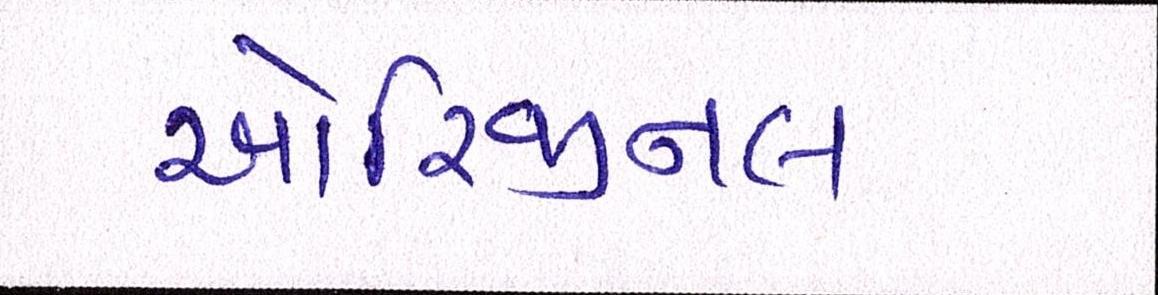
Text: ઓરિજીનલ